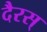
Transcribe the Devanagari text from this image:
दैरस्